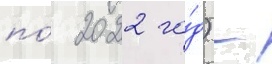
по́ 2022 го́д) -